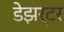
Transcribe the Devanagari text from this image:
डेझर्टर